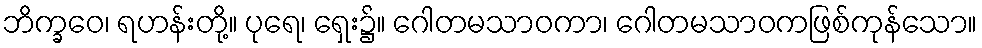
ဘိက္ခဝေ၊ ရဟန်းတို့။ ပုရေ၊ ရှေး၌။ ဂေါတမသာဝကာ၊ ဂေါတမသာဝကဖြစ်ကုန်သော။